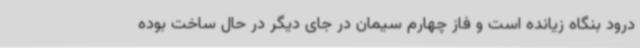
درود بنگاه زیانده است و فاز چهارم سیمان در جای دیگر در حال ساخت بوده